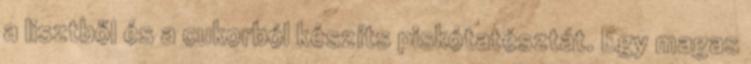
a lisztből és a cukorból készíts piskótatésztát. Egy magas